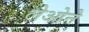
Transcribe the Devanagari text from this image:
लेओने